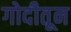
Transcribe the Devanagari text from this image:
गोदीतून